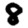
Digit: 8